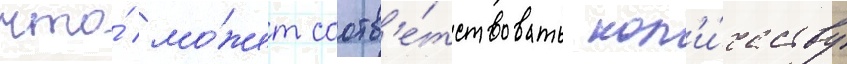
что́ мо́жет соотв'е́тствовать кол'и́честву